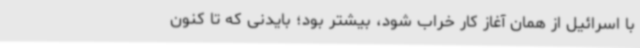
با اسرائیل از همان آغاز کار خراب شود، بیشتر بود؛ بایدنی که تا کنون